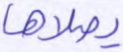
يصلاها